Scottish Leaving Certificate Examination, 1957
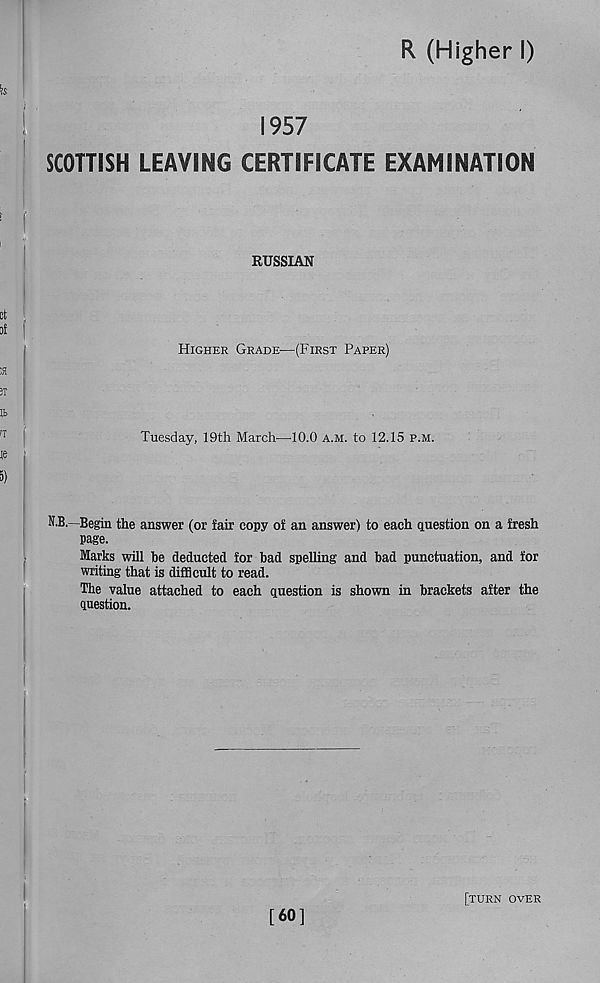
R (Higher I)
1957
SCOTTISH LEAVING CERTIFICATE EXAMINATION
RUSSIAN
Higher Grade—(First Paper)
Tuesday, 19th March—10.0 a.m. to 12.15 p.m.
N.B.—Begin the answer (or fair copy of an answer) to each question on a fresh
page.
Marks will be deducted for bad spelling and bad punctuation, and for
writing that is difficult to read.
The value attached to each question is shown in brackets after the
question.
[60]
[turn over